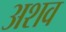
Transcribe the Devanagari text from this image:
अशव